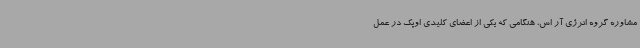
مشاوره گروه انرژی آر اس، هنگامی که یکی از اعضای کلیدی اوپک در عمل